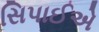
સિપાઈએ